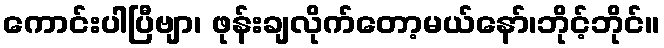
ကောင်းပါပြီဗျာ၊ ဖုန်းချလိုက်တော့မယ်နော်၊ဘိုင့်ဘိုင်။